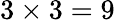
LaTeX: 3\times 3=9